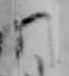
門